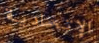
الإتحادية